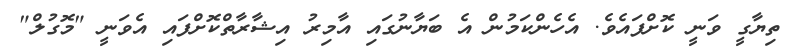
ތިޔާގީ ވަނީ ކޮށްފައެވެ. އެހެންކަމުން އެ ބަޔާނުގައި އާމިރު އިޝާރާތްކޮށްފައި އެވަނީ "މޮގުލް"